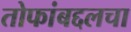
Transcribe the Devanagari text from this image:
तोफांबद्दलचा